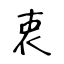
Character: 衷